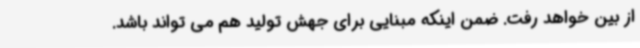
از بین خواهد رفت. ضمن اینکه مبنایی برای جهش تولید هم می تواند باشد.